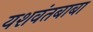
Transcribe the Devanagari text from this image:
यशवंतबाबा